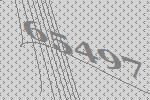
65497